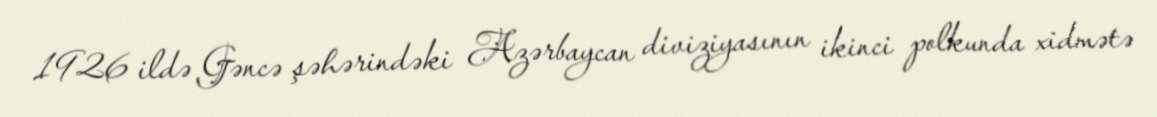
1926 ildə Gəncə şəhərindəki Azərbaycan diviziyasının ikinci polkunda xidmətə